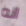
انه